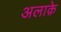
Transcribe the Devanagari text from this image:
अलाक़े